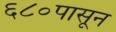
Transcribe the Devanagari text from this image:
६८०पासून